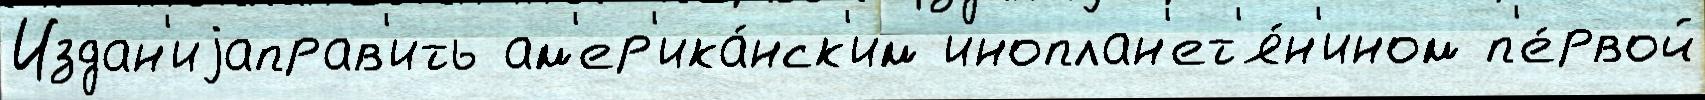
Издан'иjаправ'ить ам'ер'ика́нск'им иноплан'ет'я́н'ином п'е́рвой